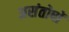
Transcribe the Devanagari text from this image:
असंतोषों